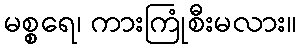
မစ္စရေ၊ ကားကြုံစီးမလား။